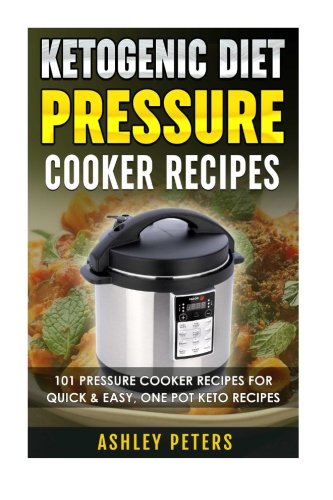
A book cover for Ketogenic Diet Pressure Cooker Recipes: 101 Pressure Cooker Recipes For Quick & Easy, One Pot, Keto Recipes; Ashley Peters; Cookbooks, Food & Wine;